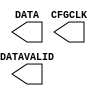
module USR_ACCESS_VIRTEX5 (
        CFGCLK,
	DATA,
	DATAVALID
);

output CFGCLK;
output DATAVALID;
output [31:0] DATA;

specify
	specparam PATHPULSE$ = 0;
endspecify

endmodule